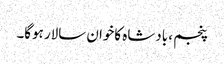
پنجم ، بادشاہ کاخوان سالار ہوگا۔